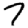
Digit: 7